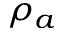
\rho _ { a }